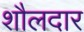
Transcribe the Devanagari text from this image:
शौलदार